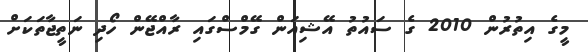
މީގެ އިތުރުން 2010 ގެ ސައުތު އޭޝިއަން ގޭމްސްގައި ރާއްޖޭން ހޯދި ނަތީޖާތަކަށް